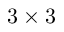
3 \times 3